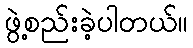
ဖွဲ့စည်းခဲ့ပါတယ်။